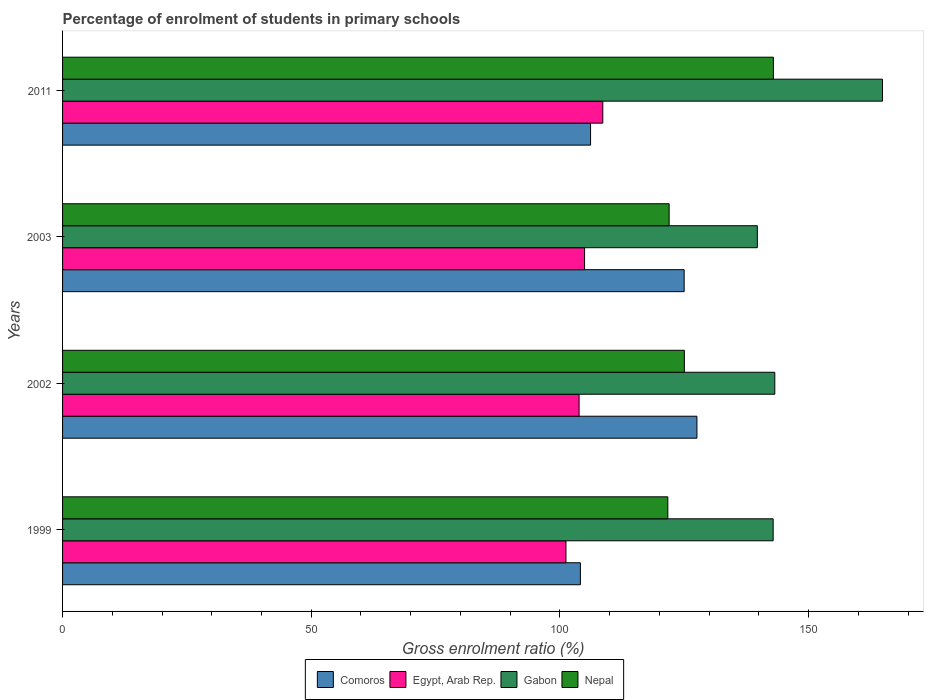
| Years | Comoros | Egypt, Arab Rep. | Gabon | Nepal |
 | --- | --- | --- | --- | --- |
 | 1999 | 104 | 101 | 143 | 122 |
 | 2002 | 128 | 104 | 143 | 125 |
 | 2003 | 125 | 105 | 140 | 122 |
 | 2011 | 106 | 109 | 165 | 143 |